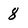
Character: 8